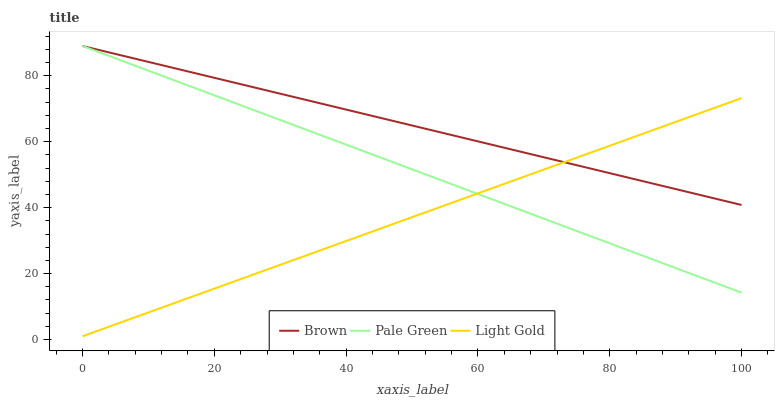
| xaxis_label | Brown | Pale Green | Light Gold |
 | --- | --- | --- | --- |
 | 0 | 89 | 89 | 1 |
 | 11.1 | 83.6 | 80.7 | 9.02 |
 | 22.2 | 78.3 | 72.4 | 17 |
 | 33.3 | 72.9 | 64.1 | 25.1 |
 | 44.4 | 67.6 | 55.8 | 33.1 |
 | 55.6 | 62.2 | 47.4 | 41.1 |
 | 66.7 | 56.9 | 39.1 | 49.1 |
 | 77.8 | 51.5 | 30.8 | 57.2 |
 | 88.9 | 46.2 | 22.5 | 65.2 |
 | 100 | 40.8 | 14.2 | 73.2 |